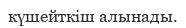
күшейткіш алынады.